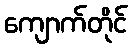
ကျောက်တိုင်